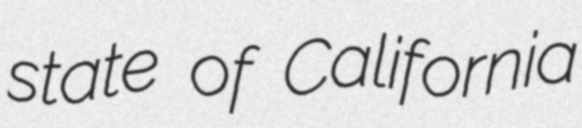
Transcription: state of California